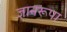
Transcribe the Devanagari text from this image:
ज्ञानरूपा